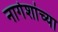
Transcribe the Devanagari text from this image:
नागेशांच्या